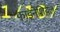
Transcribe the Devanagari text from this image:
फाइनेंशियल